Report on the working of the Ranchi Indian Mental Hospital, Kanke, in Bihar and Orissa - 1930-1940
Year: 1930
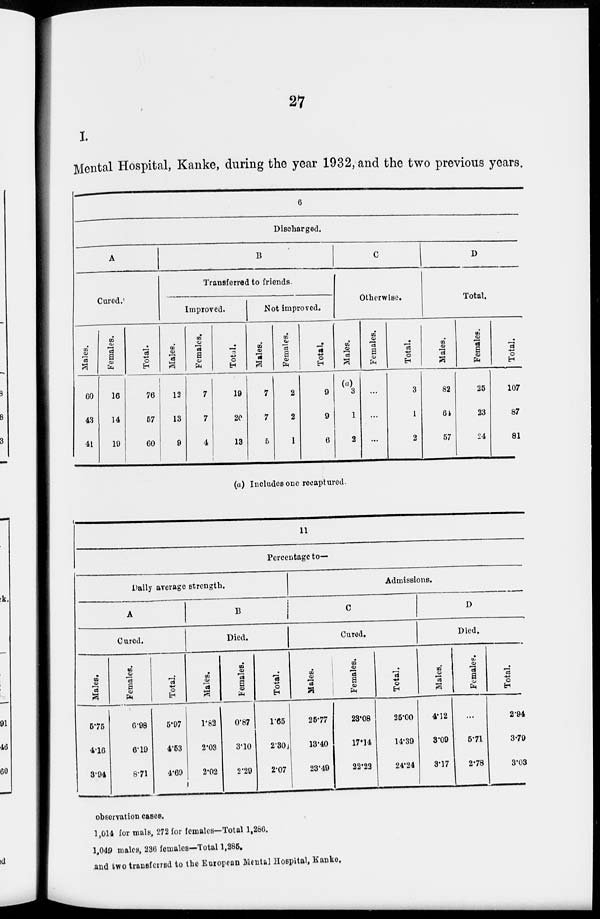
27
I.
Mental Hospital, Kanke, during the year 1932, and the two previous years.
6
Discharged.
A
Cured.
Males.
60
43
41
Females.
16
14
19
Total.
76
57
60
B
Transferred to friends.
Improved.
Males.
12
13
9
Females.
7
7
4
Total.
19
20
13
Not improved.
Males.
7
7
5
Females.
2
2
1
Total.
9
9
6
C
Otherwise.
Males.
(a)
3
1
2
Females.
...
...
...
Total.
3
1
2
D
Total.
Males.
82
64
57
Females.
25
23
24
Total.
107
87
81
(a) Includes one recaptured.
11
Percentage to—
Daily average strength.
A
Cured.
Males.
5.75
4.16
3.94
Females.
6.98
6.19
8.71
Total.
5.97
4.53
4.69
B
Died.
Males.
1.82
2.03
2.02
Females.
0.87
3.10
2.29
Total.
1.65
2.30
2.07
Admissions.
C
Cured.
Males.
25.77
13.40
23.49
Females.
23.08
17.14
22.22
Total.
25.00
14.39
24.24
D
Died.
Males.
4.12
3.09
3.17
Females.
...
5.71
2.78
Total.
2.94
3.79
3.03
observation cases.
1,014 for male, 272 for females—Total 1,286.
1,049 males, 236 females—Total 1,285.
and two transferred to the European Mental Hospital, Kanke.